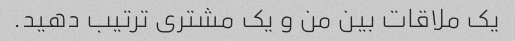
یک ملاقات بین من و یک مشتری ترتیب دهید.